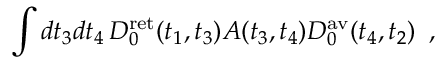
\int d t _ { 3 } d t _ { 4 } \, D _ { 0 } ^ { \mathrm { r e t } } ( t _ { 1 } , t _ { 3 } ) A ( t _ { 3 } , t _ { 4 } ) D _ { 0 } ^ { \mathrm { a v } } ( t _ { 4 } , t _ { 2 } ) \, \, \, ,